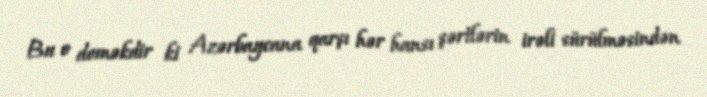
Bu o deməkdir ki Azərbaycana qarşı hər hansı şərtlərin irəli sürülməsindən